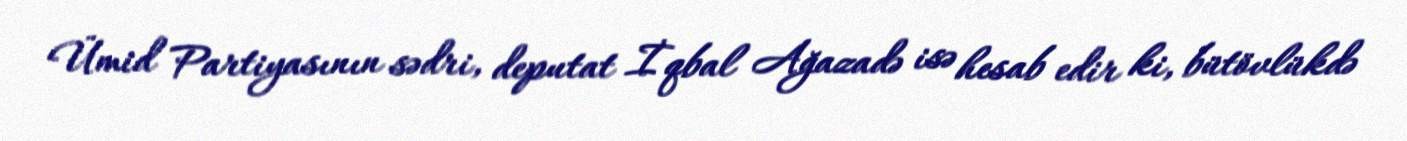
Ümid Partiyasının sədri, deputat İqbal Ağazadə isə hesab edir ki, bütövlükdə